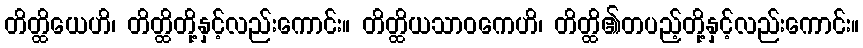
တိတ္ထိယေဟိ၊ တိတ္ထိတို့နှင့်လည်းကောင်း။ တိတ္ထိယသာဝကေဟိ၊ တိတ္ထိ၏တပည့်တို့နှင့်လည်းကောင်း။